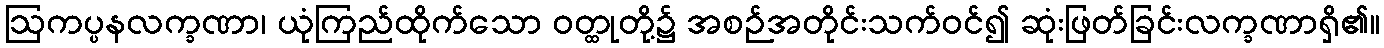
ဩကပ္ပနလက္ခဏာ၊ ယုံကြည်ထိုက်သော ဝတ္ထုတို့၌ အစဉ်အတိုင်းသက်ဝင်၍ ဆုံးဖြတ်ခြင်းလက္ခဏာရှိ၏။